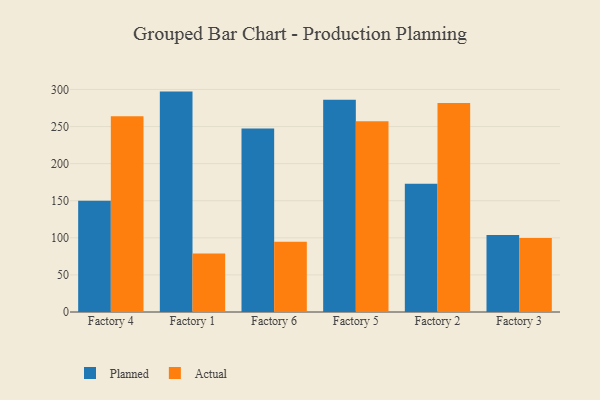
{"axis": {"x": "Factory", "y": "Bounce Rate (%)"}, "legend": ["Actual", "Planned"], "data": [{"x": "Factory 4", "y": 149.9, "type": "Planned"}, {"x": "Factory 4", "y": 263.8, "type": "Actual"}, {"x": "Factory 1", "y": 297.1, "type": "Planned"}, {"x": "Factory 1", "y": 78.9, "type": "Actual"}, {"x": "Factory 6", "y": 247.3, "type": "Planned"}, {"x": "Factory 6", "y": 94.6, "type": "Actual"}, {"x": "Factory 5", "y": 286.1, "type": "Planned"}, {"x": "Factory 5", "y": 257.3, "type": "Actual"}, {"x": "Factory 2", "y": 172.8, "type": "Planned"}, {"x": "Factory 2", "y": 281.9, "type": "Actual"}, {"x": "Factory 3", "y": 103.8, "type": "Planned"}, {"x": "Factory 3", "y": 99.8, "type": "Actual"}]}